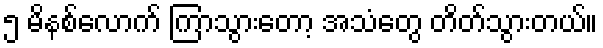
၅ မိနစ်လောက် ကြာသွားတော့ အသံတွေ တိတ်သွားတယ်။